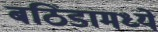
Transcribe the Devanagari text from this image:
बठिंडामध्ये